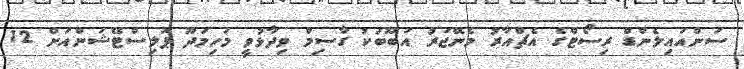
ސަންއައިލެންޑް ރިސޯޓްގެ އެޗްއާރު މެނޭޖަރު އަބޫބަކު ގާސިމް ވިދާޅުވީ މަހިމަދޫ ޕޮލިސްޓޭޝަންއަށް 12